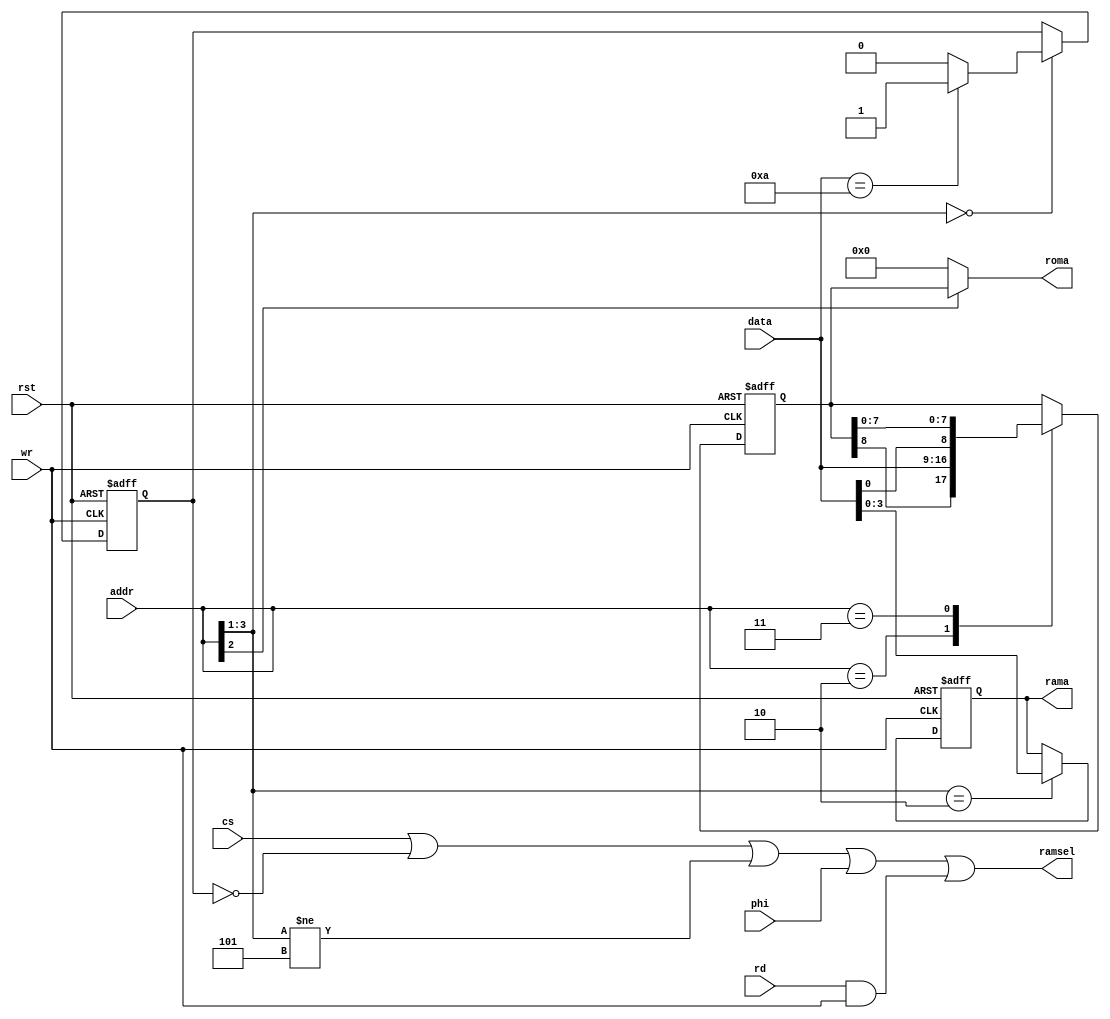
module mbc5(
    input [15:12] addr,
    input [7:0] data,
    input cs,
    input phi,		// Not used on the original MBC5, only needed for FRAM support
    input rd,		// Not used on the original MBC5, only needed for FRAM support
    input wr,
    input rst,
    output [22:14] roma,
    output reg [16:13] rama,
    output ramsel
    );

reg [22:14] romb;
reg ramen;

assign roma = addr[14] ? romb : 9'd0;

// The final || phi || (rd && wr) does not match the original behavior. It
// is included to support FRAM which requires /CS to toggle on every access.
assign ramsel = cs || !ramen || addr[15:13] != 3'b101 || phi || (rd && wr);

always @(negedge rst or posedge wr)
begin
    if(!rst)
    begin
        romb = 9'd1;
        rama = 4'd0;
        ramen = 1'b0;
    end
    else
        casex(addr)
            4'b000x:    // $0000-1FFF: RAM enable, $0A = On, Anything else = Off
            begin
                if(data == 8'h0A)
                begin
                    romb = romb;
                    rama = rama;
                    ramen = 1'b1;
                end
                else
                begin
                    romb = romb;
                    rama = rama;
                    ramen = 1'b0;
                end
            end
            
            4'b0010:    // $2000-2FFF: Low 8 bits of ROM Bank
            begin
                romb = {romb[22], data};
                rama = rama;
                ramen = ramen;
            end
            
            4'b0011:    // $3000-3FFF: High bit of ROM Bank
            begin
                romb = {data[0], romb[21:14]};
                rama = rama;
                ramen = ramen;
            end
            
            4'b010x:    // $4000-5FFF: RAM Bank
            begin
                romb = romb;
                rama = data;
                ramen = ramen;
            end
            
            default:
            begin
                romb = romb;
                rama = rama;
                ramen = ramen;
            end
        endcase
end

endmodule